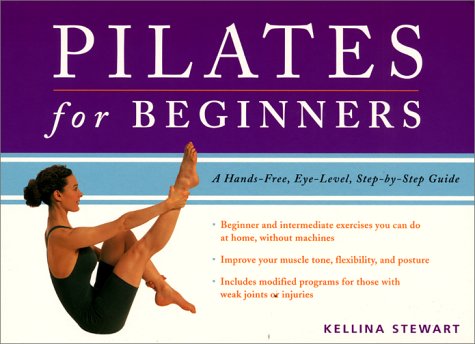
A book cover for Pilates for Beginners; Kellina Stewart; Health, Fitness & Dieting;